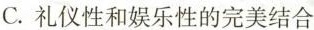
C.礼仪性和娱乐性的完美结合